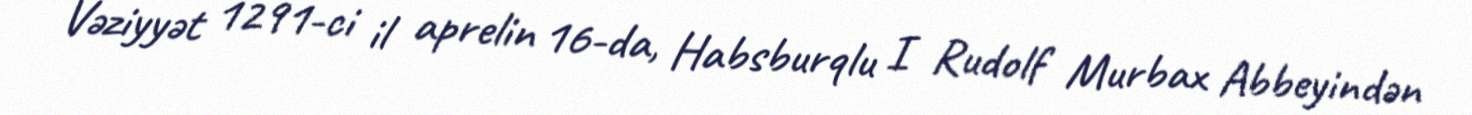
Vəziyyət 1291-ci il aprelin 16-da, Habsburqlu I Rudolf Murbax Abbeyindən